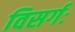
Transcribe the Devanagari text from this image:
विसर्गः